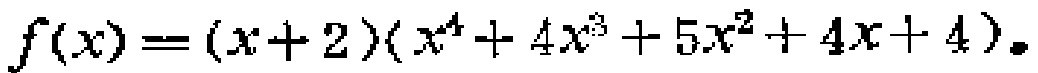
\(f(x)=(x + 2)(x^{4}+4x^{3}+5x^{2}+4x + 4)\)